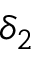
\delta _ { 2 }